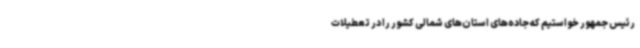
رئیس جمهور خواستیم که جاده‌های استان‌های شمالی کشور را در تعطیلات